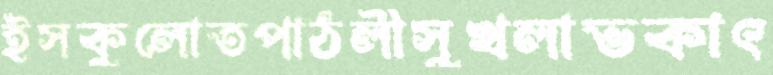
ইসকুলোতপাঠলীসুখলাভকাৎ